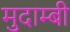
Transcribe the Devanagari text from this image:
मुदाम्बी